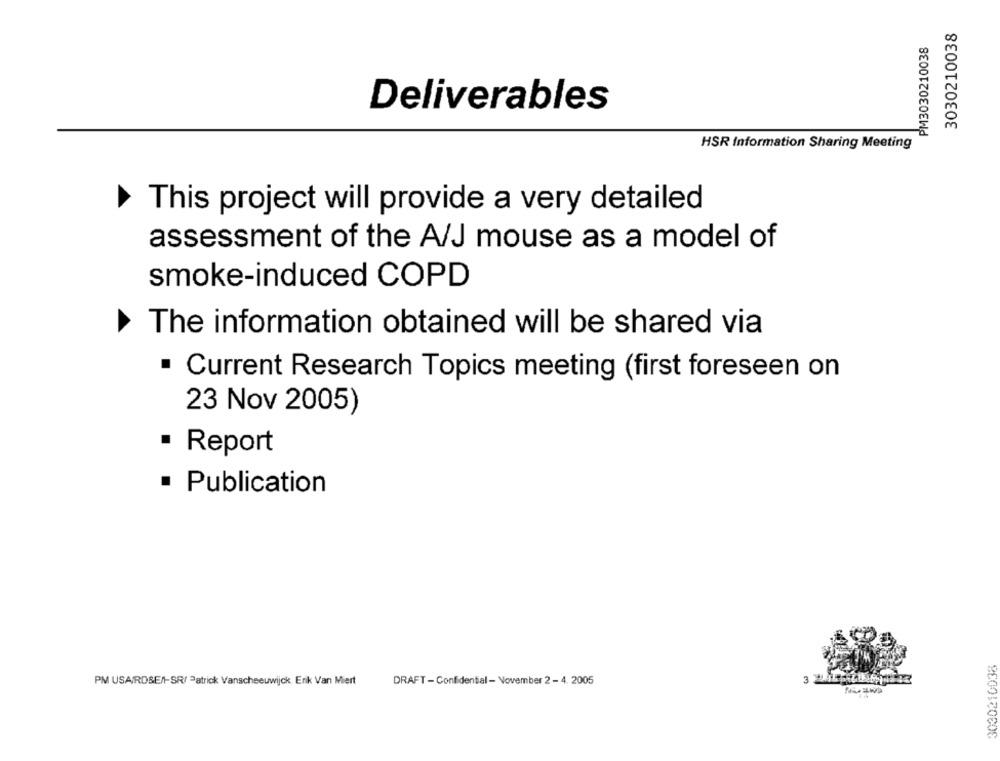
3030210038
PM3030210038
Deliverables
HSR Information Sharing Meeting
This project will provide a very detailed
assessment of the A/J mouse as a model of
smoke-induced COPD
The information obtained will be shared via
Current Research Topics meeting (first foreseen on
23 Nov 2005)
· Report
Publication
3030210038
3
PM USAIRDSEN-SR/ Patrick Vanscheeuwijck Erik Van Miert
DRAFT - Confidential - November 2 - 4. 2005